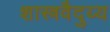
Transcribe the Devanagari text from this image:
शास्त्रवैदुय्य